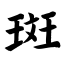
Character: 斑